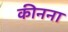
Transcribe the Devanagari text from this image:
कीनना